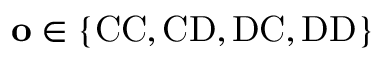
\mathbf { o } \in \{ \mathrm { C C } , \mathrm { C D } , \mathrm { D C } , \mathrm { D D } \}